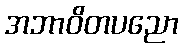
အဘာဝိတပညော